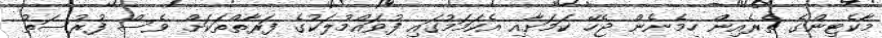
މާކެޓިންގެ ތެރެއިން ހިމެނެން ޖެހޭ ކަމަށާއި އެކަމަމުގައި ފުވައްމުލަކުގެ ފަރާތްތަކަށް ވެސް ފުރުސަތު